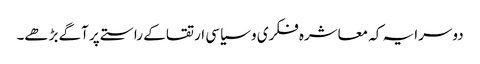
دوسرا یہ کہ معاشرہ فکری و سیاسی ارتقا کے راستے پر آگے بڑھے۔